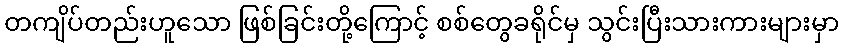
တကျိပ်တည်းဟူသော ဖြစ်ခြင်းတို့ကြောင့် စစ်တွေခရိုင်မှ သွင်းပြီးသားကားများမှာ